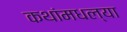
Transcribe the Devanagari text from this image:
कथांमधल्या